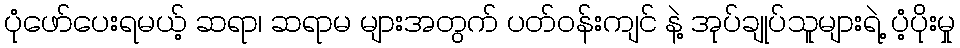
ပုံဖော်ပေးရမယ့် ဆရာ၊ ဆရာမ များအတွက် ပတ်ဝန်းကျင် နဲ့ အုပ်ချုပ်သူများရဲ့ ပံ့ပိုးမှု